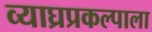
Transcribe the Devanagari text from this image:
व्याघ्रप्रकल्पाला